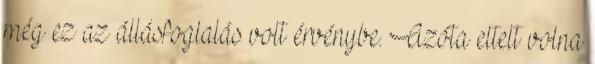
még ez az állásfoglalás volt érvénybe. Azóta eltelt volna